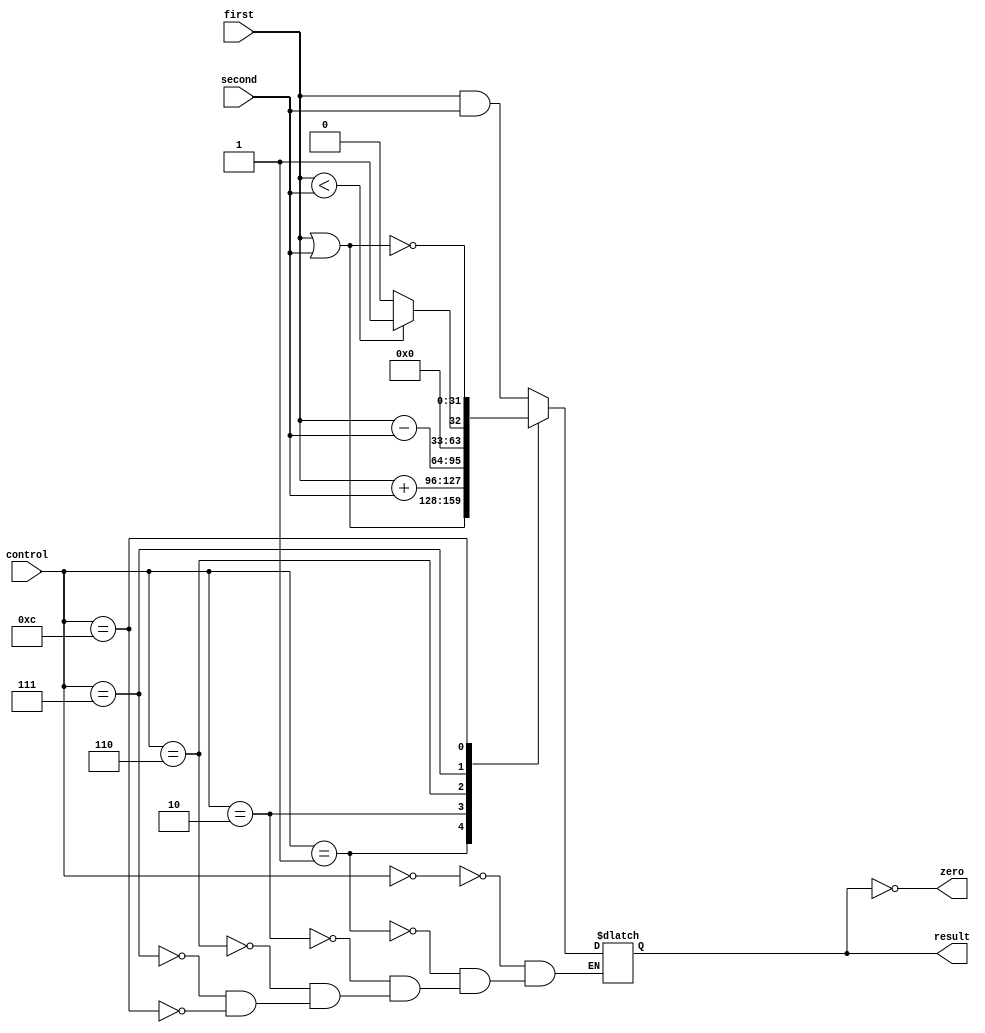
`ifndef MODULE_ALU
`define MODULE_ALU
`timescale 1ns / 1ps
//////////////////////////////////////////////////////////////////////////////////
// Company: 
// Engineer: 
// 
// Design Name: 
// Module Name: ALU
// Project Name: 
// Target Devices: 
// Tool Versions: 
// Description: 
// 
// Dependencies: 
// 
// Revision:
// Revision 0.01 - File Created
// Additional Comments:
// 
//////////////////////////////////////////////////////////////////////////////////


module ALU(first, second, control, zero, result);
    parameter bits=32;
    parameter cbits=4; //bits of ALU control signal
    
    input [bits-1:0] first;
    input [bits-1:0] second;
    input [cbits-1:0] control;
    output [bits-1:0] result;
    output zero;
    
    reg [bits-1:0] result;
    
    assign zero = (result == 0);
    
    always @(control or first or second)
    begin
        case(control)
            4'b0000:
            begin
                result = first & second;
            end
            4'b0001:
            begin
                result = first | second;
            end
            4'b0010:
            begin
                result = first + second;
            end
            4'b0110:
            begin
                result = first - second;
            end
            4'b0111:
            begin
                result = (first < second) ? 1:0;
            end
            4'b1100:
                result = ~(first | second);
            default: ;
       endcase
    end
endmodule

`endif